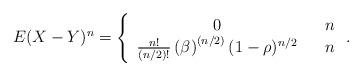
LaTeX: \begin{align*}E(X-Y)^{n}\allowbreak =\allowbreak \left\{ \begin{array}{ccc}0 & & n \\ \frac{n!}{(n/2)!}\left( \beta \right) ^{\left( n/2\right) }(1-\rho )^{n/2} & & n\end{array}\right. . \end{align*}